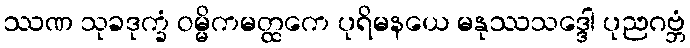
ဿဏ သုခဒုက္ခံ ဝမ္မိကမတ္ထကေ ပုရိမနယေ မနုဿသဒ္ဒေါ ပုညဂဗ္ဘံ